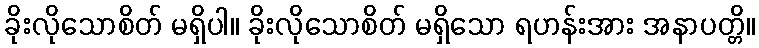
ခိုးလိုသောစိတ် မရှိပါ။ ခိုးလိုသောစိတ် မရှိသော ရဟန်းအား အနာပတ္တိ။